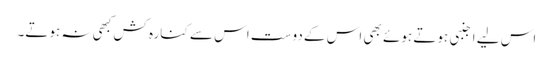
اس لیے اجنبی ہوتے ہوئے بھی اس کے دوست اس سے کنارہ کش کبھی نہ ہوتے۔